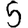
Digit: 5